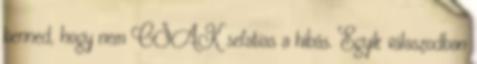
benned, hogy nem CSAK sefatias a hibás. Egyik válaszodban